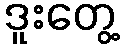
ဒူးတွေ့